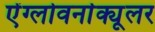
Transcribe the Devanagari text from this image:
ऐंग्लोवर्नाक्यूलर